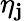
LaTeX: \eta_{\mathbf{j}}